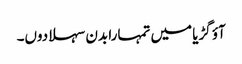
آؤ گڑیا میں تمہارا بدن سہلا دوں۔